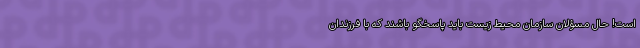
است! حال مسؤلان سازمان محیط زیست باید پاسخگو باشند که با فرزندان